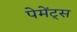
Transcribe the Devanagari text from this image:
पेमेंट्‌स